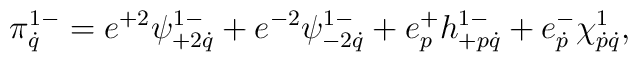
\pi^{1-}_{\dot q}=e^{+2}\psi^{1-}_{+2\dot q}+e^{-2}\psi^{1-}_{-2\dot q}+e^+_ph^{1-}_{+p\dot q}+e^-_{\dot p}\chi^1_{\dot p\dot q},